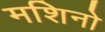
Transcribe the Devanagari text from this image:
मशिनो